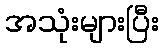
အသုံးများပြီး